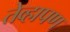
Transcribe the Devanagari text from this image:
तेव्हापण